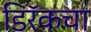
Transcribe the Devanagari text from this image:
डिरॅकचा